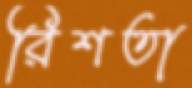
রিশতা